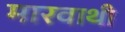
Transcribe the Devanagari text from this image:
मारवाथी